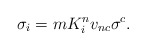
\begin{align*}\sigma _{i} = mK_{i}^{n}v_{n c}\sigma ^{c}.\end{align*}